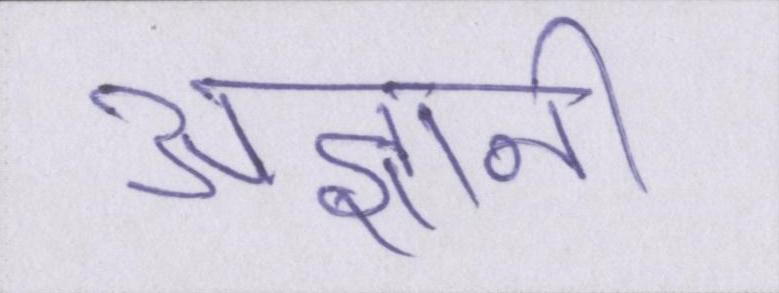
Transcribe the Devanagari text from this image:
अज्ञानी